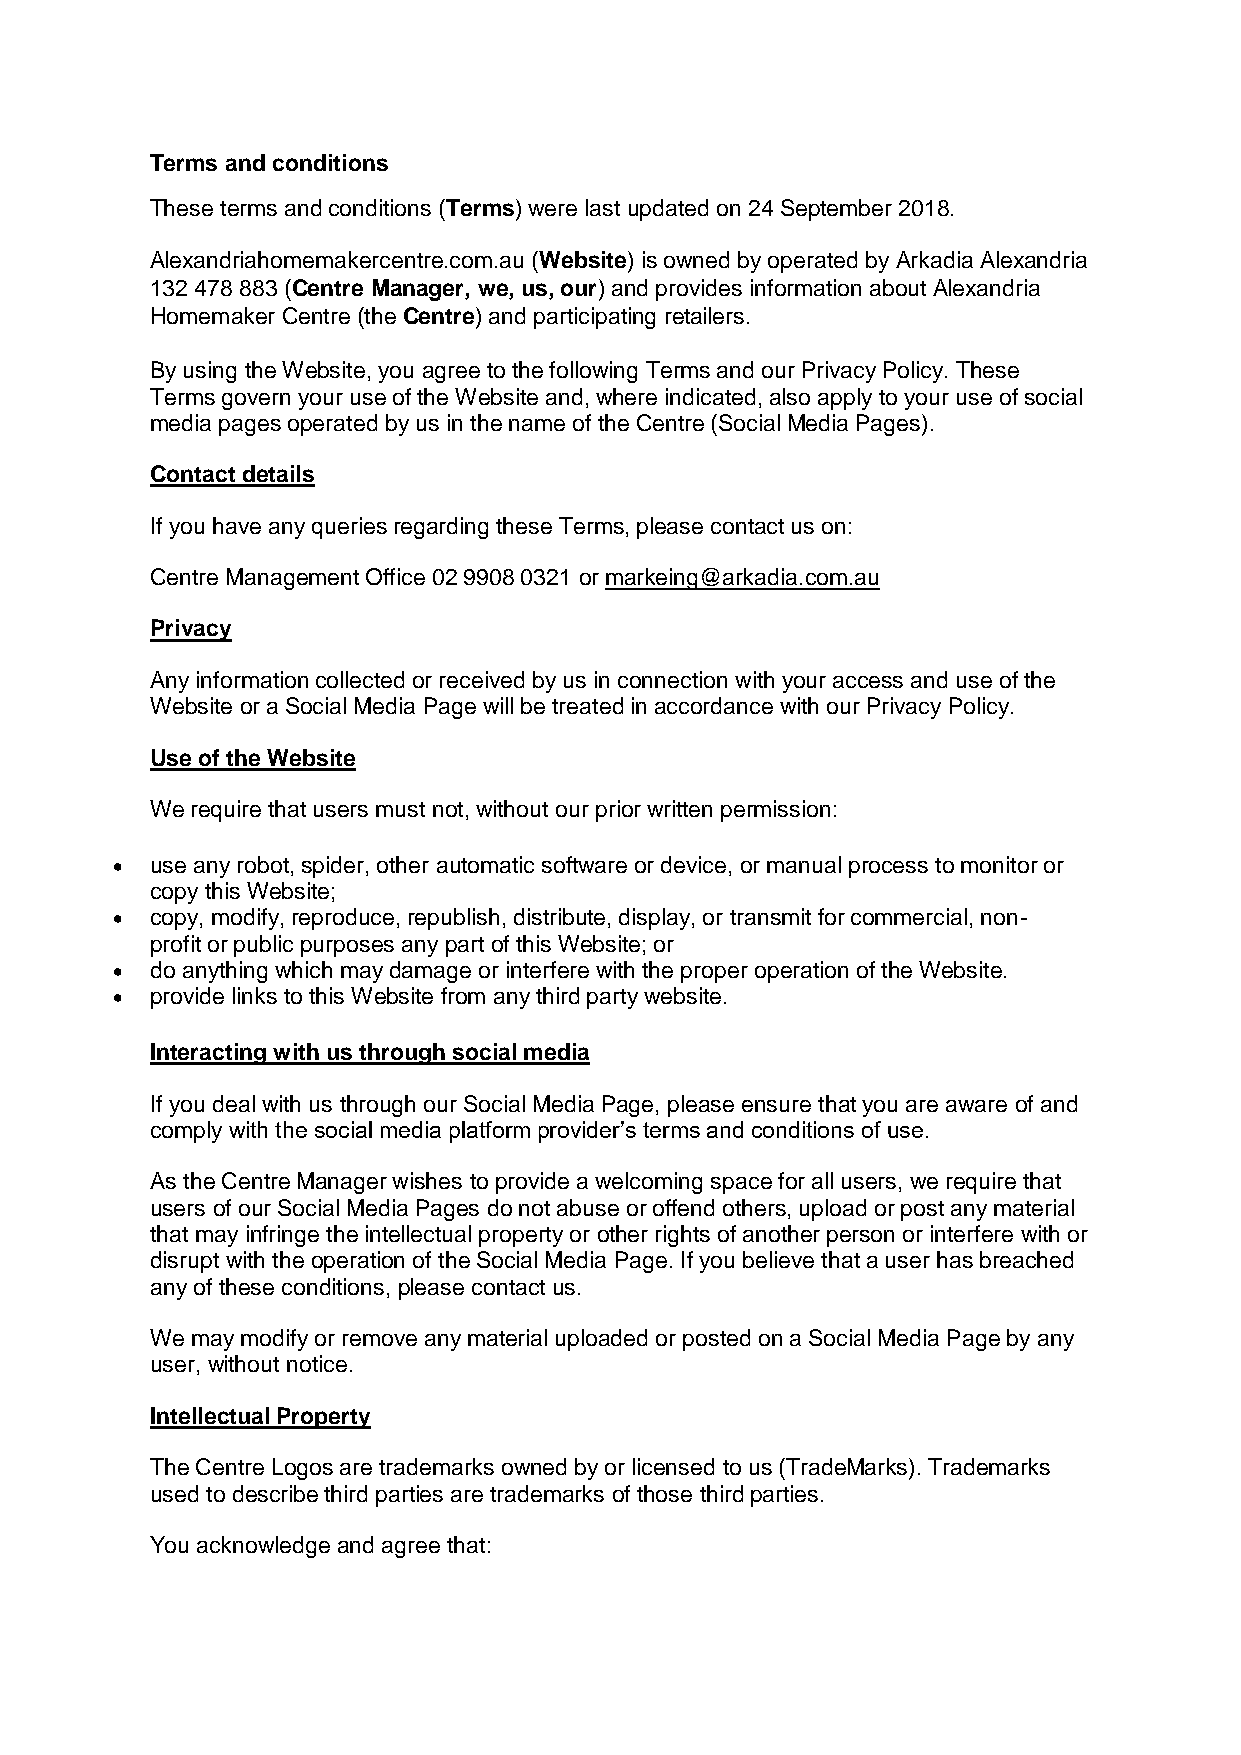
Terms and conditions
 These terms and conditions (Terms) were last updated on 24 September 2018.
 Alexandriahomemakercentre.com.au (Website) is owned by operated by Arkadia Alexandria
 132 478 883 (Centre Manager, we, us, our) and provides information about Alexandria
 Homemaker Centre (the Centre) and participating retailers.
 By using the Website, you agree to the following Terms and our Privacy Policy. These
 Terms govern your use of the Website and, where indicated, also apply to your use of social
 media pages operated by us in the name of the Centre (Social Media Pages).
 Contact details
 If you have any queries regarding these Terms, please contact us on:
 Centre Management Office 02 9908 0321 or markeing@arkadia.com.au
 Privacy
 Any information collected or received by us in connection with your access and use of the
 Website or a Social Media Page will be treated in accordance with our Privacy Policy.
 Use of the Website
 We require that users must not, without our prior written permission:
   use any robot, spider, other automatic software or device, or manual process to monitor or
 copy this Website;
   copy, modify, reproduce, republish, distribute, display, or transmit for commercial, non-
 profit or public purposes any part of this Website; or
   do anything which may damage or interfere with the proper operation of the Website.
   provide links to this Website from any third party website.
 Interacting with us through social media
 If you deal with us through our Social Media Page, please ensure that you are aware of and
 comply with the social media platform provider’s terms and conditions of use.
 As the Centre Manager wishes to provide a welcoming space for all users, we require that
 users of our Social Media Pages do not abuse or offend others, upload or post any material
 that may infringe the intellectual property or other rights of another person or interfere with or
 disrupt with the operation of the Social Media Page. If you believe that a user has breached
 any of these conditions, please contact us.
 We may modify or remove any material uploaded or posted on a Social Media Page by any
 user, without notice.
 Intellectual Property
 The Centre Logos are trademarks owned by or licensed to us (TradeMarks). Trademarks
 used to describe third parties are trademarks of those third parties.
 You acknowledge and agree that: